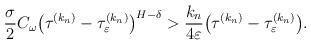
LaTeX: \begin{align*}\begin{gathered} \frac{\sigma}{2}C_\omega\bigl(\tau^{(k_n)}-\tau^{(k_n)}_\varepsilon \bigr)^{H-\delta}>\frac{k_n}{4\varepsilon} \bigl(\tau^{(k_n)}-\tau^{(k_n)}_\varepsilon\bigr). \end{gathered} \end{align*}